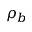
\rho _ { b }